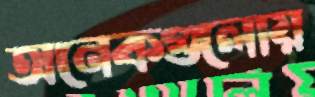
অনেকগুলোয়